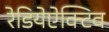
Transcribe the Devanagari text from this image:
रेडियेऐक्टिव